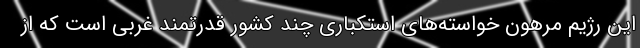
این رژیم مرهون خواسته‌های استکباری چند کشور قدرتمند غربی است که از